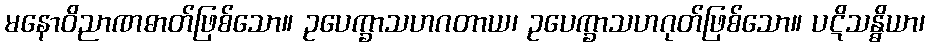
မနောဝိညာဏဓာတ်ဖြစ်သော။ ဥပေက္ခာသဟဂတာယ၊ ဥပေက္ခာသဟဂုတ်ဖြစ်သော။ ပဋိသန္ဓိယာ၊